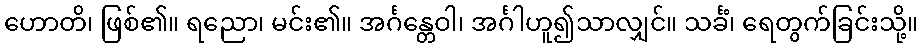
ဟောတိ၊ ဖြစ်၏။ ရညော၊ မင်း၏။ အင်္ဂန္တေဝါ၊ အင်္ဂါဟူ၍သာလျှင်။ သင်္ခံ၊ ရေတွက်ခြင်းသို့။